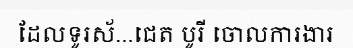
ដែលទូរស័...ជេត បូរី ចោលការងារ